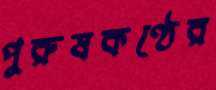
পুরুষকণ্ঠের